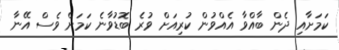
ކަމަށާއި ދެން ބާއްވާ އެއްވުން ކުރިއަށް ވުރެ ބޮޑުވާނެ ކަމަށް ވެސް އޭނާ